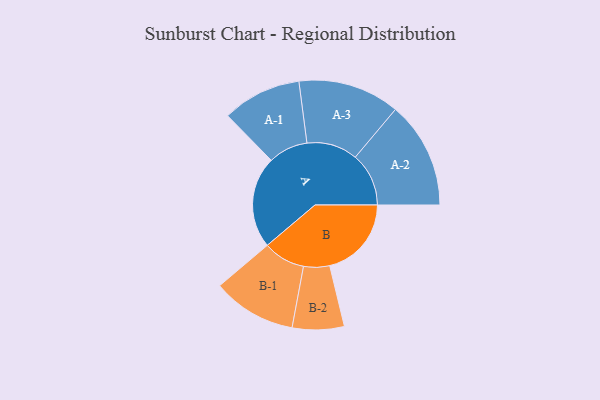
{"axis": {"x": "Segment", "y": "Value"}, "legend": ["", "A", "B"], "data": [{"x": "A", "y": 464, "type": ""}, {"x": "B", "y": 413, "type": ""}, {"x": "A-1", "y": 200, "type": "A"}, {"x": "A-2", "y": 270, "type": "A"}, {"x": "A-3", "y": 257, "type": "A"}, {"x": "B-1", "y": 212, "type": "B"}, {"x": "B-2", "y": 131, "type": "B"}]}